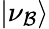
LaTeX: |\nu_{\mathcal{B}}\rangle